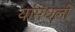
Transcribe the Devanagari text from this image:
यांमधली